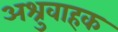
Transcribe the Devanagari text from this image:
अश्रुवाहक